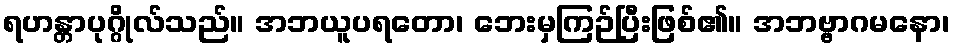
ရဟန္တာပုဂ္ဂိုလ်သည်။ အဘယူပရတော၊ ဘေးမှကြဉ်ပြီးဖြစ်၏။ အဘဗ္ဗာဂမနော၊